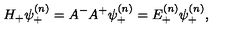
H _ { + } \psi _ { + } ^ { ( n ) } = A ^ { - } A ^ { + } \psi _ { + } ^ { ( n ) } = E _ { + } ^ { ( n ) } \psi _ { + } ^ { ( n ) } ,